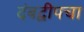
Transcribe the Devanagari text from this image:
दंबद्वीपचा